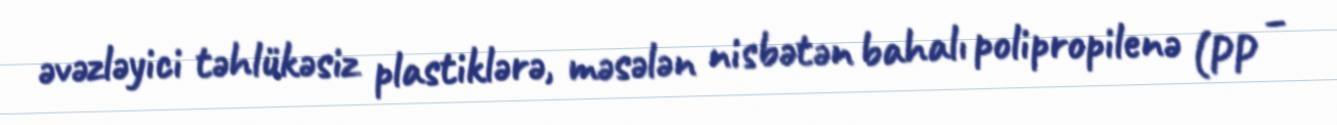
əvəzləyici təhlükəsiz plastiklərə, məsələn nisbətən bahalı polipropilenə (PP –